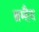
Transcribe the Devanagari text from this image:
ब्रम्हैव